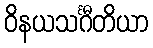
ဝိနယသင်္ဂီတိယာ